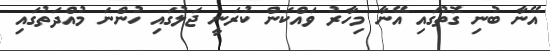
އޭނާ ބުނި ގޮތުގައި އޭނާ މިހާރު ވައްކަން ކުރަނީ ޖަލުގައި ހުންނަ މުއްދަތުގައި